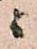
ニ